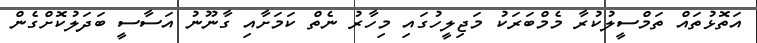
އަތޮޅުތައް ތަމްސީލުކުރާ މެމްބަރަކު މަޖިލީހުގައި މިހާރު ނެތް ކަމަށާއި ގާނޫނު އަސާސީ ބަދަލުކޮށްގެން